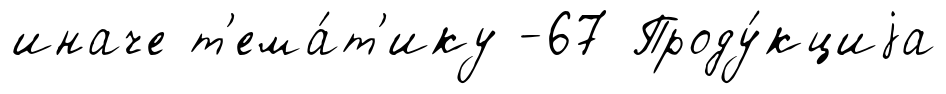
иначе т'ема́т'ику -67 Проду́кциjа